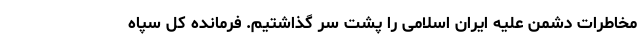
مخاطرات دشمن علیه ایران اسلامی را پشت سر گذاشتیم. فرمانده کل سپاه